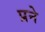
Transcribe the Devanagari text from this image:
प्रने